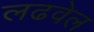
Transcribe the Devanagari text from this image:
लढवेल